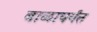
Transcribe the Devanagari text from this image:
बाळापर्यंत